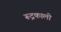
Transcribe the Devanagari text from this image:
रूद्रकाली